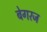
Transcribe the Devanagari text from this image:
बेगरज